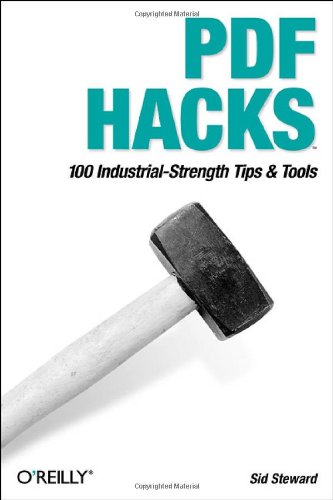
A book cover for PDF Hacks: 100 Industrial-Strength Tips & Tools; Sid Steward; Computers & Technology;